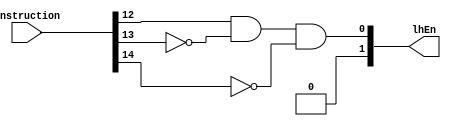
//Universidad Galileo
//Rodrigo Cordero
//Kevin Hernandez
//Terminado

module loadHalfEnable(instruction, lhEn);
  input [31:0] instruction;
  output [1:0] lhEn;
  wire n13, n14, aux;
  
  not(n13, instruction[13]);
  not(n14, instruction[14]);
  and(aux, instruction[12], n13, n14);
  
  assign lhEn = aux;
endmodule

module loadWordEnable(instruction, lwEn);
  input [31:0] instruction;
  output [1:0] lwEn;
  wire n12, n14, aux;
  
  not(n12, instruction[12]);
  not(n14, instruction[14]);
  and(aux, n12, instruction[13], n14);
  
  assign lwEn = aux*2;
endmodule

module loadControll(instruction, loadOption);
  input [31:0] instruction;
  output [1:0] loadOption;
  wire [1:0] lb, lh, lw;
  
  assign lb = 2'b00;
  loadHalfEnable lhe(instruction, lh);
  loadWordEnable lwe(instruction, lw);
  
  assign loadOption = lb | lh | lw;
endmodule